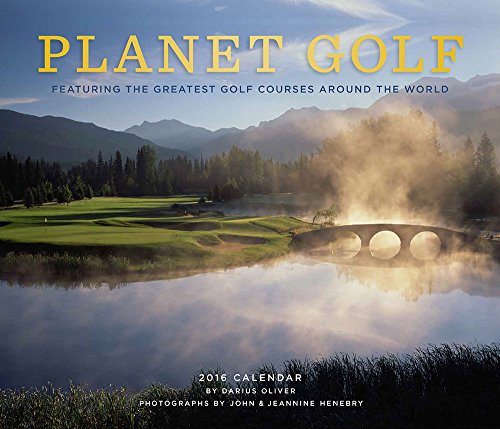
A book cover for Planet Golf 2016 Wall Calendar: Featuring the Greatest Golf Courses Around the World; Darius Oliver; Calendars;